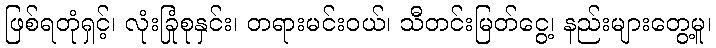
ဖြစ်ရတုံရှင့်၊ လုံးခြုံစုနှင်း၊ တရားမင်းဝယ်၊ သီတင်းမြတ်ငွေ့၊ နည်းများတွေ့မူ၊